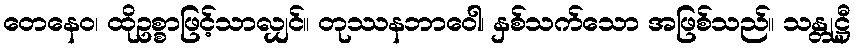
တေနေဝ၊ ထိုဥစ္စာဖြင့်သာလျှင်။ တုဿနဘာဝေါ၊ နှစ်သက်သော အဖြစ်သည်။ သန္တုဋ္ဌီ